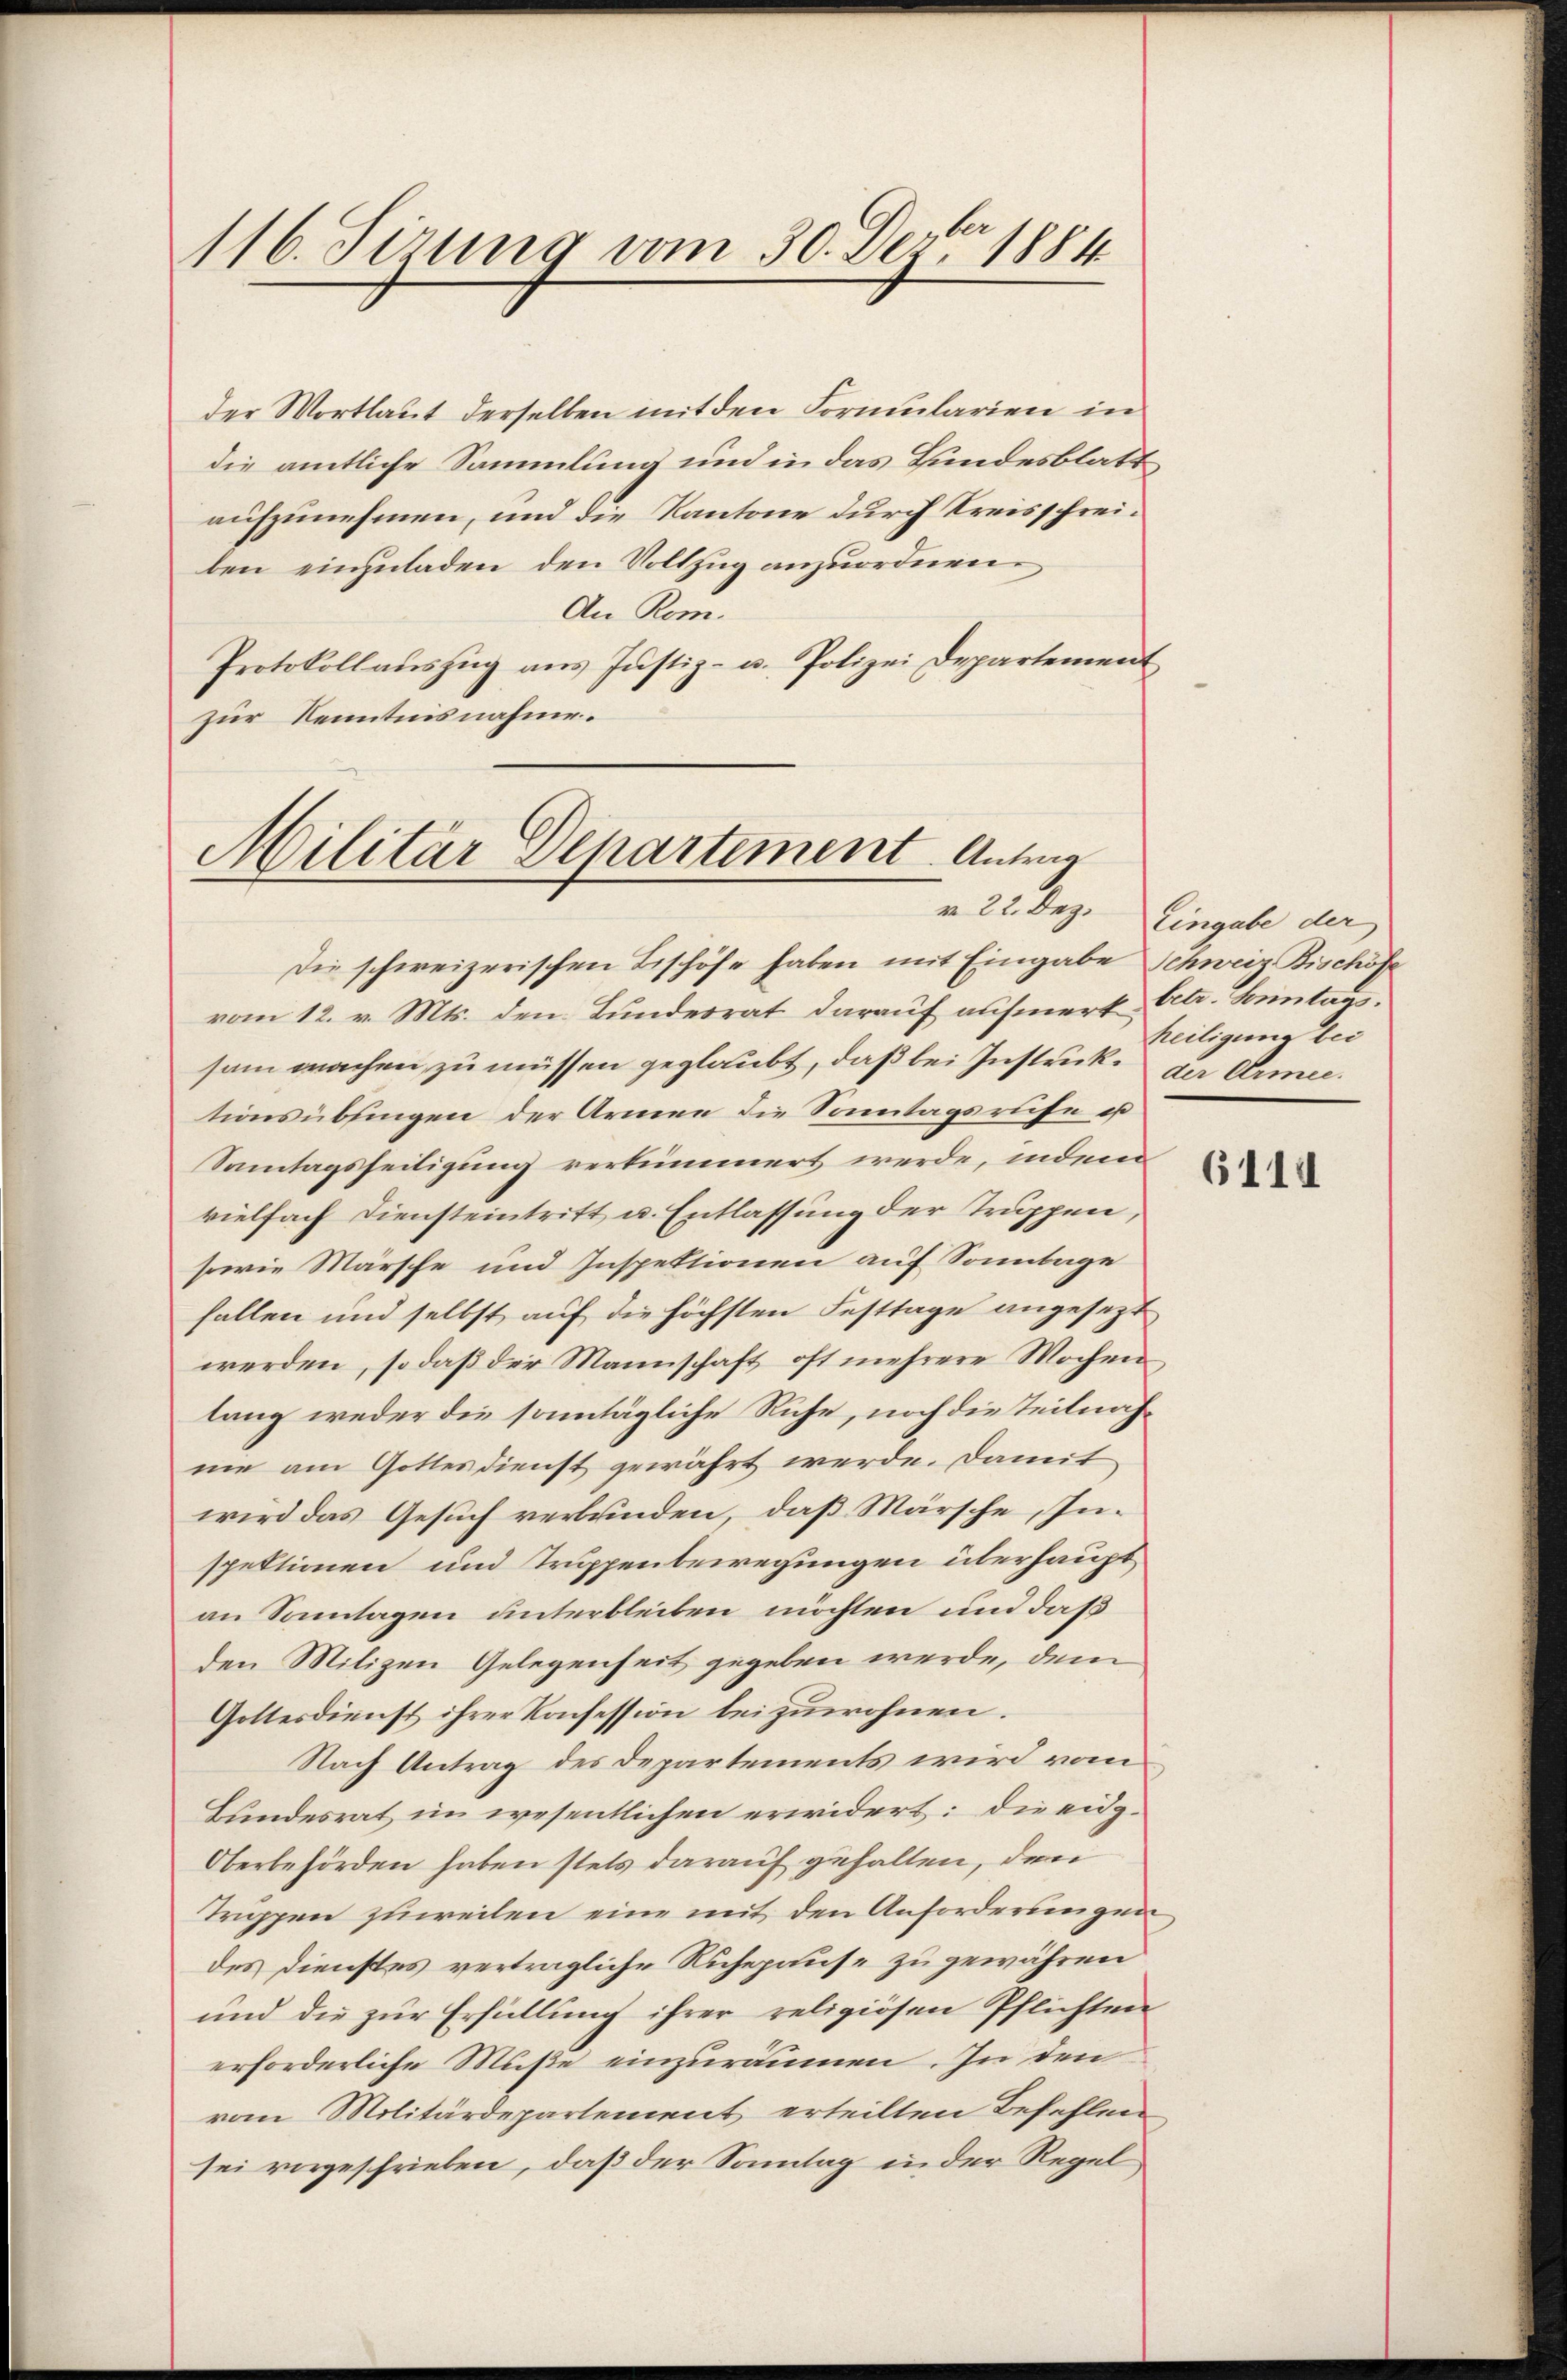
116. Serung vom 30. Dez. 1884

der Wortlaut derselben mit den Formularien in
die amtliche Sammlung und in das Bundesblatt
aufzunehmen, und die Kantone durch Kreisschreiben einzuladen den Vollzug anzuordnen.
An Rom.
Protokollaŭszŭg ans Justiz- u. Polizei Departement
zur Kenntnisnahme.

Militär Departement. Antrag

Die schweizerischen Beschöfe haben mit Eingabe Schweiz Bischöfe
vom 12. v. Mts. den Bundesrat darauf aufmerk Ctr. Sonntags.
sam machen zu müssen geglaubt, daß bei Instruck zu Armee.
tionsübsingen der Armen die Sontagsrufe u
Samtagsheiligung verkümmert werde, indem
vielfach Diensteintritt u. Entlassung der Truppen,
sowie Märsche und Inspektionen auf Sonntage
fallen und selbst auf die höchsten Festtage angesezt
werden, so daß der Mannschaft oft mehrere Wochen
lang weder die sonntägliche Ruhe, noch die Teilnahnie am Gottesdienst gewährt werde. Damit
wird das Gesuch verbrinden, daß Märsche Inspektionen und Truppenbewegungen überhaupt
an Sonntagen unterbleiben möchten und daß
den Mitizen Gelegenheit gegeben werde, dem
Gottesdienst ihrer Konsession beizuwohnen.
Nach Antrag des Departements wird vom
Bundesrat im wesentlichen erwidert: die eidg¬
Oberbehörden haben stets darauf gehalten, den
Truppen zuweilen eine mit den Anforderungen
des Dienstes verträgliche Ruhepause zu gewähren
und die zur Erfüllung ihrer religiösen Pflichten
erforderliche Muße einzuräumen. In den
von Militärdepartement erteilten Befehlen
sei vorgeschrieben, daß der Sonntag in der Regel

v. 22. Dez. Eingabe der
heiligung bei

6114